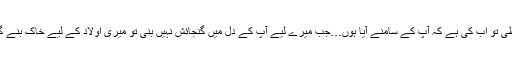
غلطی تو اب کی ہے کہ آپ کے سامنے آیا ہوں…جب میرے لیے آپ کے دل میں گنجائش نہیں بنی تو میری اولاد کے لیے خاک بنے گی۔